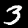
Digit: 3